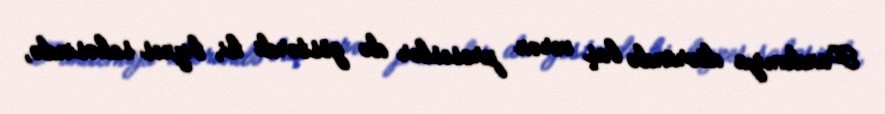
Pandemiya dövründə baş verən proseslər də göstərdi ki, biznes sahəsində,